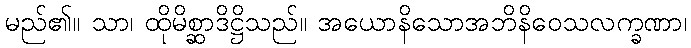
မည်၏။ သာ၊ ထိုမိစ္ဆာဒိဋ္ဌိသည်။ အယောနိသောအဘိနိဝေသလက္ခဏာ၊